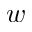
w